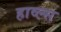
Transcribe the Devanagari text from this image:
हाव्ल्स